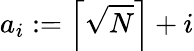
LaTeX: a_{i}:=\left\lceil{\sqrt{N}}\right\rceil+i